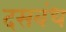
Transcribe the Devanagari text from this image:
दसवंध